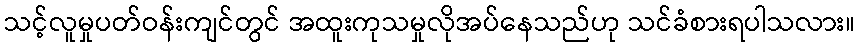
သင့်လူမှုပတ်ဝန်းကျင်တွင် အထူးကုသမှုလိုအပ်နေသည်ဟု သင်ခံစားရပါသလား။